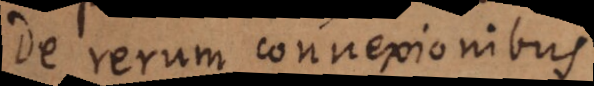
De rerum connexionibus.